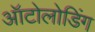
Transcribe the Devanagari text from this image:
ऑटोलोडिंग